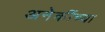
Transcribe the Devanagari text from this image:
अनेकींच्या